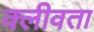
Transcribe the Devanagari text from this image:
क्लीवता